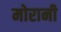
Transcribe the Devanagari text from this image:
मोरानी